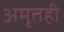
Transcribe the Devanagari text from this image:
अमृतही